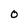
Character: O